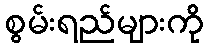
စွမ်းရည်များကို